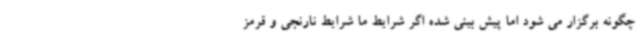
چگونه برگزار می شود اما پیش بینی شده اگر شرایط ما شرایط نارنجی و قرمز